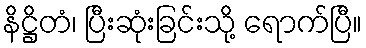
နိဋ္ဌိတံ၊ ပြီးဆုံးခြင်းသို့ ရောက်ပြီ။